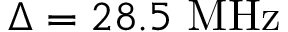
\Delta = 2 8 . 5 ~ \mathrm { M H z }